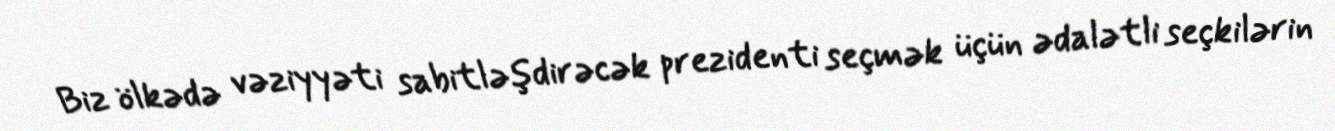
Biz ölkədə vəziyyəti sabitləşdirəcək prezidenti seçmək üçün ədalətli seçkilərin